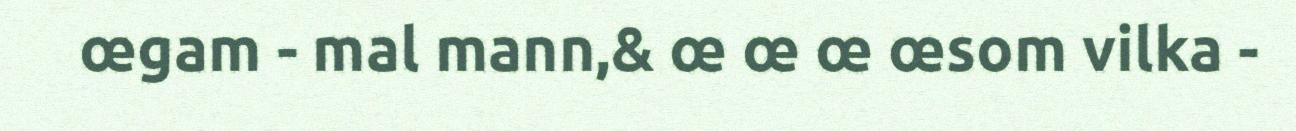
œgam - mal mann,& œ œ œ œsom vilka -